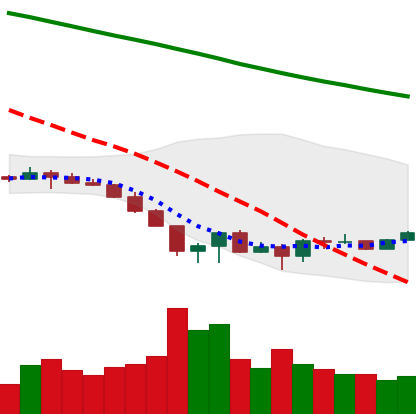
Ticker: EOS-USD
Chart end date: 2022-06-24
Forward return: -6.97%
Label: down_5_7